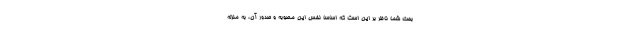
بحث شما ناظر بر این است که اساساً نفس این مصوبه و صدور آن، به منزله